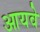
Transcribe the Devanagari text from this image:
आयवे